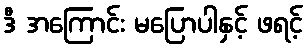
ဒီ အကြောင်း မပြောပါနှင့် ဖရင့်